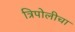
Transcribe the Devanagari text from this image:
त्रिपोलीचा